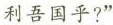
利吾国乎?”